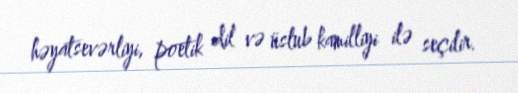
həyatsevərliyi, poetik dil və üslub kamilliyi ilə seçilir.